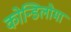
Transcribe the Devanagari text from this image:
कोन्डिलोमा